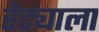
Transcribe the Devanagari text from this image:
रेट्याला